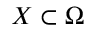
X \subset \Omega